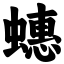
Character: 蟪